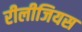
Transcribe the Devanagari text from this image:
रीलीजियस